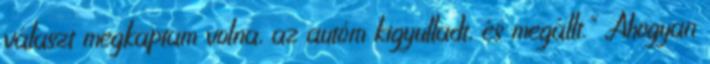
választ megkaptam volna, az autóm kigyulladt, és megállt." „Ahogyan